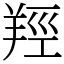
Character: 羥